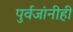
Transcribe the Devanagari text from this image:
पुर्वजांनीही